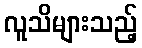
လူသိများသည့်